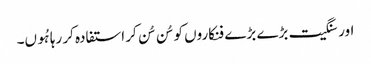
اور سنگیت بڑے بڑے فنکاروں کو سُن سُن کر استفادہ کر رہا ہُوں۔